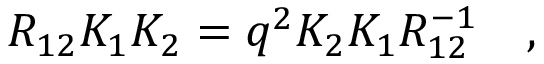
R _ { 1 2 } K _ { 1 } K _ { 2 } = q ^ { 2 } K _ { 2 } K _ { 1 } R _ { 1 2 } ^ { - 1 } \quad ,